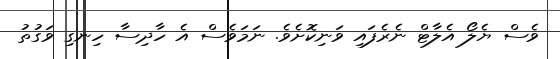
ވެސް ޔެލޯ އެލާޓް ނެރެފައި ވަނިކޮށެވެ. ނަމަވެސް އެ ހާދިސާ ހިނގި ވަގުތު